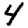
Digit: 4